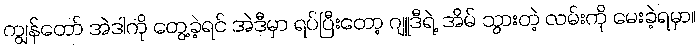
ကျွန်တော် အဲဒါကို တွေ့ခဲ့ရင် အဲဒီမှာ ရပ်ပြီးတော့ ဂျူဒီရဲ့ အိမ် သွားတဲ့ လမ်းကို မေးခဲ့ရမှာ။